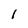
Character: 1